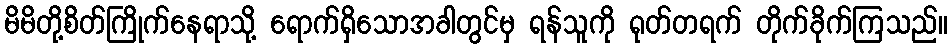
မိမိတို့စိတ်ကြိုက်နေရာသို့ ရောက်ရှိသောအခါတွင်မှ ရန်သူကို ရုတ်တရက် တိုက်ခိုက်ကြသည်။